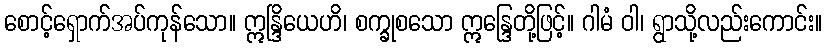
စောင့်ရှောက်အပ်ကုန်သော။ ဣန္ဒြိယေဟိ၊ စက္ခုစသော ဣန္ဒြေတို့ဖြင့်။ ဂါမံ ဝါ၊ ရွာသို့လည်းကောင်း။